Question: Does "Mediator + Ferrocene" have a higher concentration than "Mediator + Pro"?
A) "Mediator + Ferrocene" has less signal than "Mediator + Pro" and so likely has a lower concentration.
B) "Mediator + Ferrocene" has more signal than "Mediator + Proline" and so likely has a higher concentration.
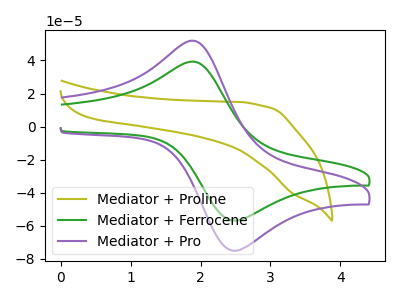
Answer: <think>The olive curve "Mediator + Proline" has no peaks. The green curve "Mediator + Ferrocene" has an anodic peak at (1.95V, 38.95uA) and a cathodic peak at (2.50V, -56.75uA). The purple curve "Mediator + Pro" has an anodic peak at (1.95V, 51.50uA) and a cathodic peak at (2.50V, -74.95uA).
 All the peaks in "Mediator + Ferrocene" have a peak in "Mediator + Pro" at the same potential. Every peak in "Mediator + Ferrocene" is lower than every peak in "Mediator + Pro".</think>
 <answer>A) "Mediator + Ferrocene" has less signal than "Mediator + Pro" and so likely has a lower concentration.</answer>
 <eval>A</eval>